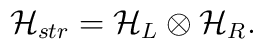
{\cal H}_{str}={\cal H}_L\otimes {\cal H}_R.